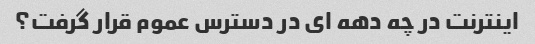
اینترنت در چه دهه ای در دسترس عموم قرار گرفت؟